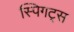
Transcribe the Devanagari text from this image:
स्पिगट्स